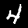
Digit: 4